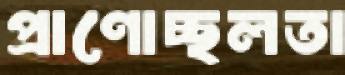
প্রাণোচ্ছলতা